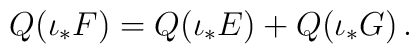
{Q}(\iota_*{F})={Q}(\iota_*{E})+{Q}(\iota_*{G})\,.